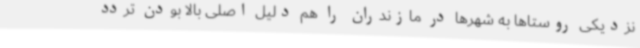
نزدیکی روستاها به شهرها در مازندران را هم دلیل اصلی بالا بودن تردد